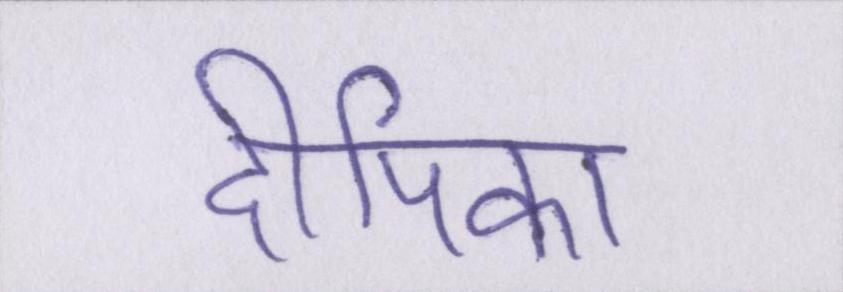
दीपिका